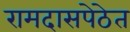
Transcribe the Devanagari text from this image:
रामदासपेठेत